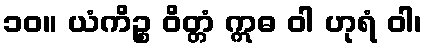
၁၀။ ယံကိဉ္စ ဝိတ္တံ ဣဓ ဝါ ဟုရံ ဝါ၊